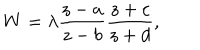
LaTeX: W = \lambda \frac { z - a } { z - b } \frac { z + c } { z + d } ,